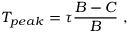
T _ { p e a k } = \tau \frac { B - C } { B } ~ ,